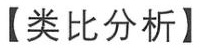
【类比分析】